Code of medical and sanitary regulations for the guidance of medical officers serving in the Madras Presidency - Volume I
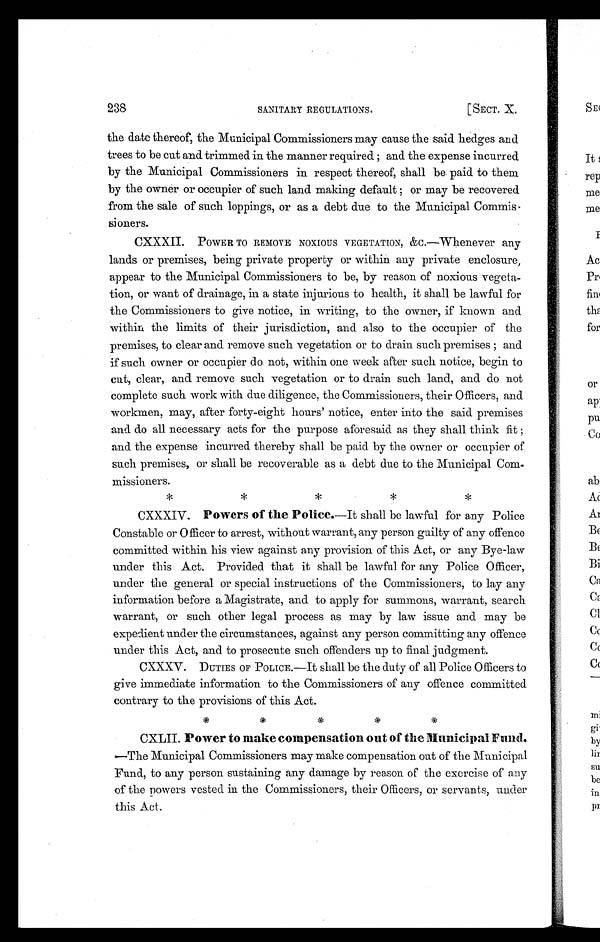
238
SANITARY REGULATIONS.
[SECT. X.
the date thereof, the Municipal Commissioners may cause the said hedges and
trees to be cut and trimmed in the manner required ; and the expense incurred
by the Municipal Commissioners in respect thereof, shall be paid to them
by the owner or occupier of such land making default ; or may be recovered
from the sale of such loppings, or as a debt due to the Municipal Commis-
sioners.
CXXXII. POWER TO REMOVE NOXIOUS VEGETATION, &C.—Whenever any
lands or premises, being private property or within any private enclosure,
appear to the Municipal Commissioners to be, by reason of noxious vegeta-
tion, or want of drainage, in a state injurious to health, it shall be lawful for
the Commissioners to give notice, in writing, to the owner, if known and
within the limits of their jurisdiction, and also to the occupier of the
premises, to clear and remove such vegetation or to drain such premises ; and
if such owner or occupier do not, within one week after such notice, begin to
cut, clear, and remove such vegetation or to drain such land, and do not
complete such work with due diligence, the Commissioners, their Officers, and
workmen, may, after forty-eight hours' notice, enter into the said premises
and do all necessary acts for the purpose aforesaid as they shall think fit ;
and the expense incurred thereby shall be paid by the owner or occupier of
such premises, or shall be recoverable as a debt due to the Municipal Co
m-missioners.
*
*
*
*
*
CXXXIV. Powers of the Police.—It shall be lawful for any Police
Constable or Officer to arrest, without warrant, any person guilty of any offence
committed within his view against any provision of this Act, or any Bye-law
under this Act. Provided that it shall be lawful for any Police Officer,
under the general or special instructions of the Commissioners, to lay any
information before a Magistrate, and to apply for summons, warrant, search
warrant, or such other legal process as may by law issue and may be
expedient under the circumstances, against any person committing any offence
under this Act, and to prosecute such offenders up to final judgment.
CXXXV. DUTIES OF POLICE.—It shall be the duty of all Police Officers to
give immediate information to the Commissioners of any offence committed
contrary to the provisions of this Act.
CXLII. Power to make compensation out of the Municipal Fund
Fund, to any person sustaining any damage by reason of the exercise of any
of the Powers vested in the Commissioners, their Officers, or servants, under
this Act.